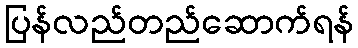
ပြန်လည်တည်ဆောက်ရန်